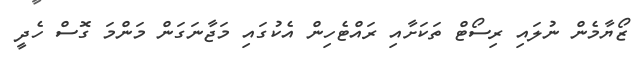
ޒޯޔާމެން ނުލައި ރިސޯޓް ތަކަށާއި ރައްޓެހިން އެކުގައި މަޖާނަގަން މަންމަ ގޮސް ހެދީ